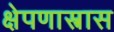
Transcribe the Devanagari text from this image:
क्षेपणास्त्रास